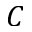
C